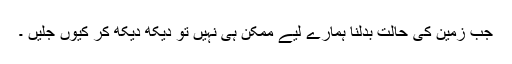
جب زمین کی حالت بدلنا ہمارے لیے ممکن ہی نہیں تو دیکھ دیکھ کر کیوں جلیں ۔